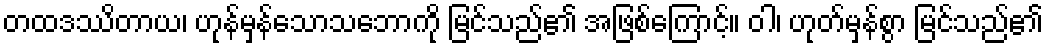
တထဒဿိတာယ၊ ဟုန်မှန်သောသဘောကို မြင်သည်၏ အဖြစ်ကြောင့်။ ဝါ၊ ဟုတ်မှန်စွာ မြင်သည်၏